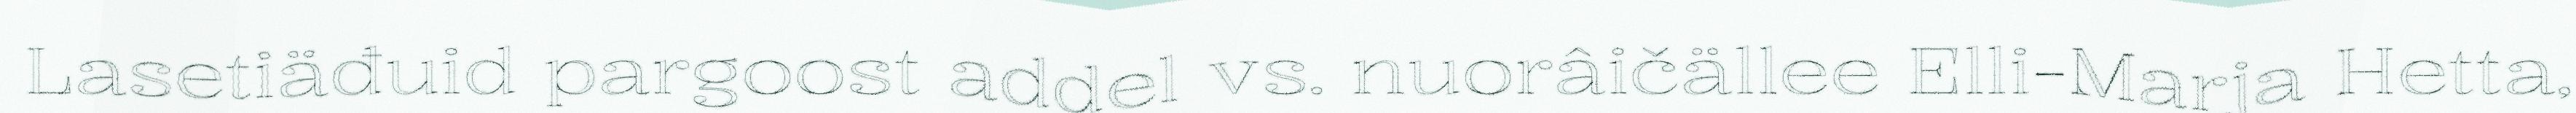
Lasetiäđuid pargoost addel vs. nuorâičällee Elli-Marja Hetta,